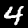
Digit: 4